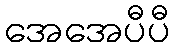
အေအေပီပီ